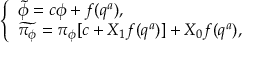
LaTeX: \left\{ \begin{array} { l } { { \widetilde { \phi } = c \phi + f ( q ^ { a } ) , } } \\ { { \widetilde { \pi _ { \phi } } = \pi _ { \phi } [ c + X _ { 1 } f ( q ^ { a } ) ] + X _ { 0 } f ( q ^ { a } ) , } } \end{array} \right.